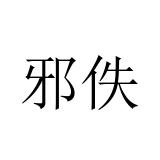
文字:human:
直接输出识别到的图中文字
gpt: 邪佚